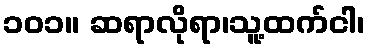
၁၀၁။ ဆရာလိုရာ၊သူ့ထက်ငါ၊